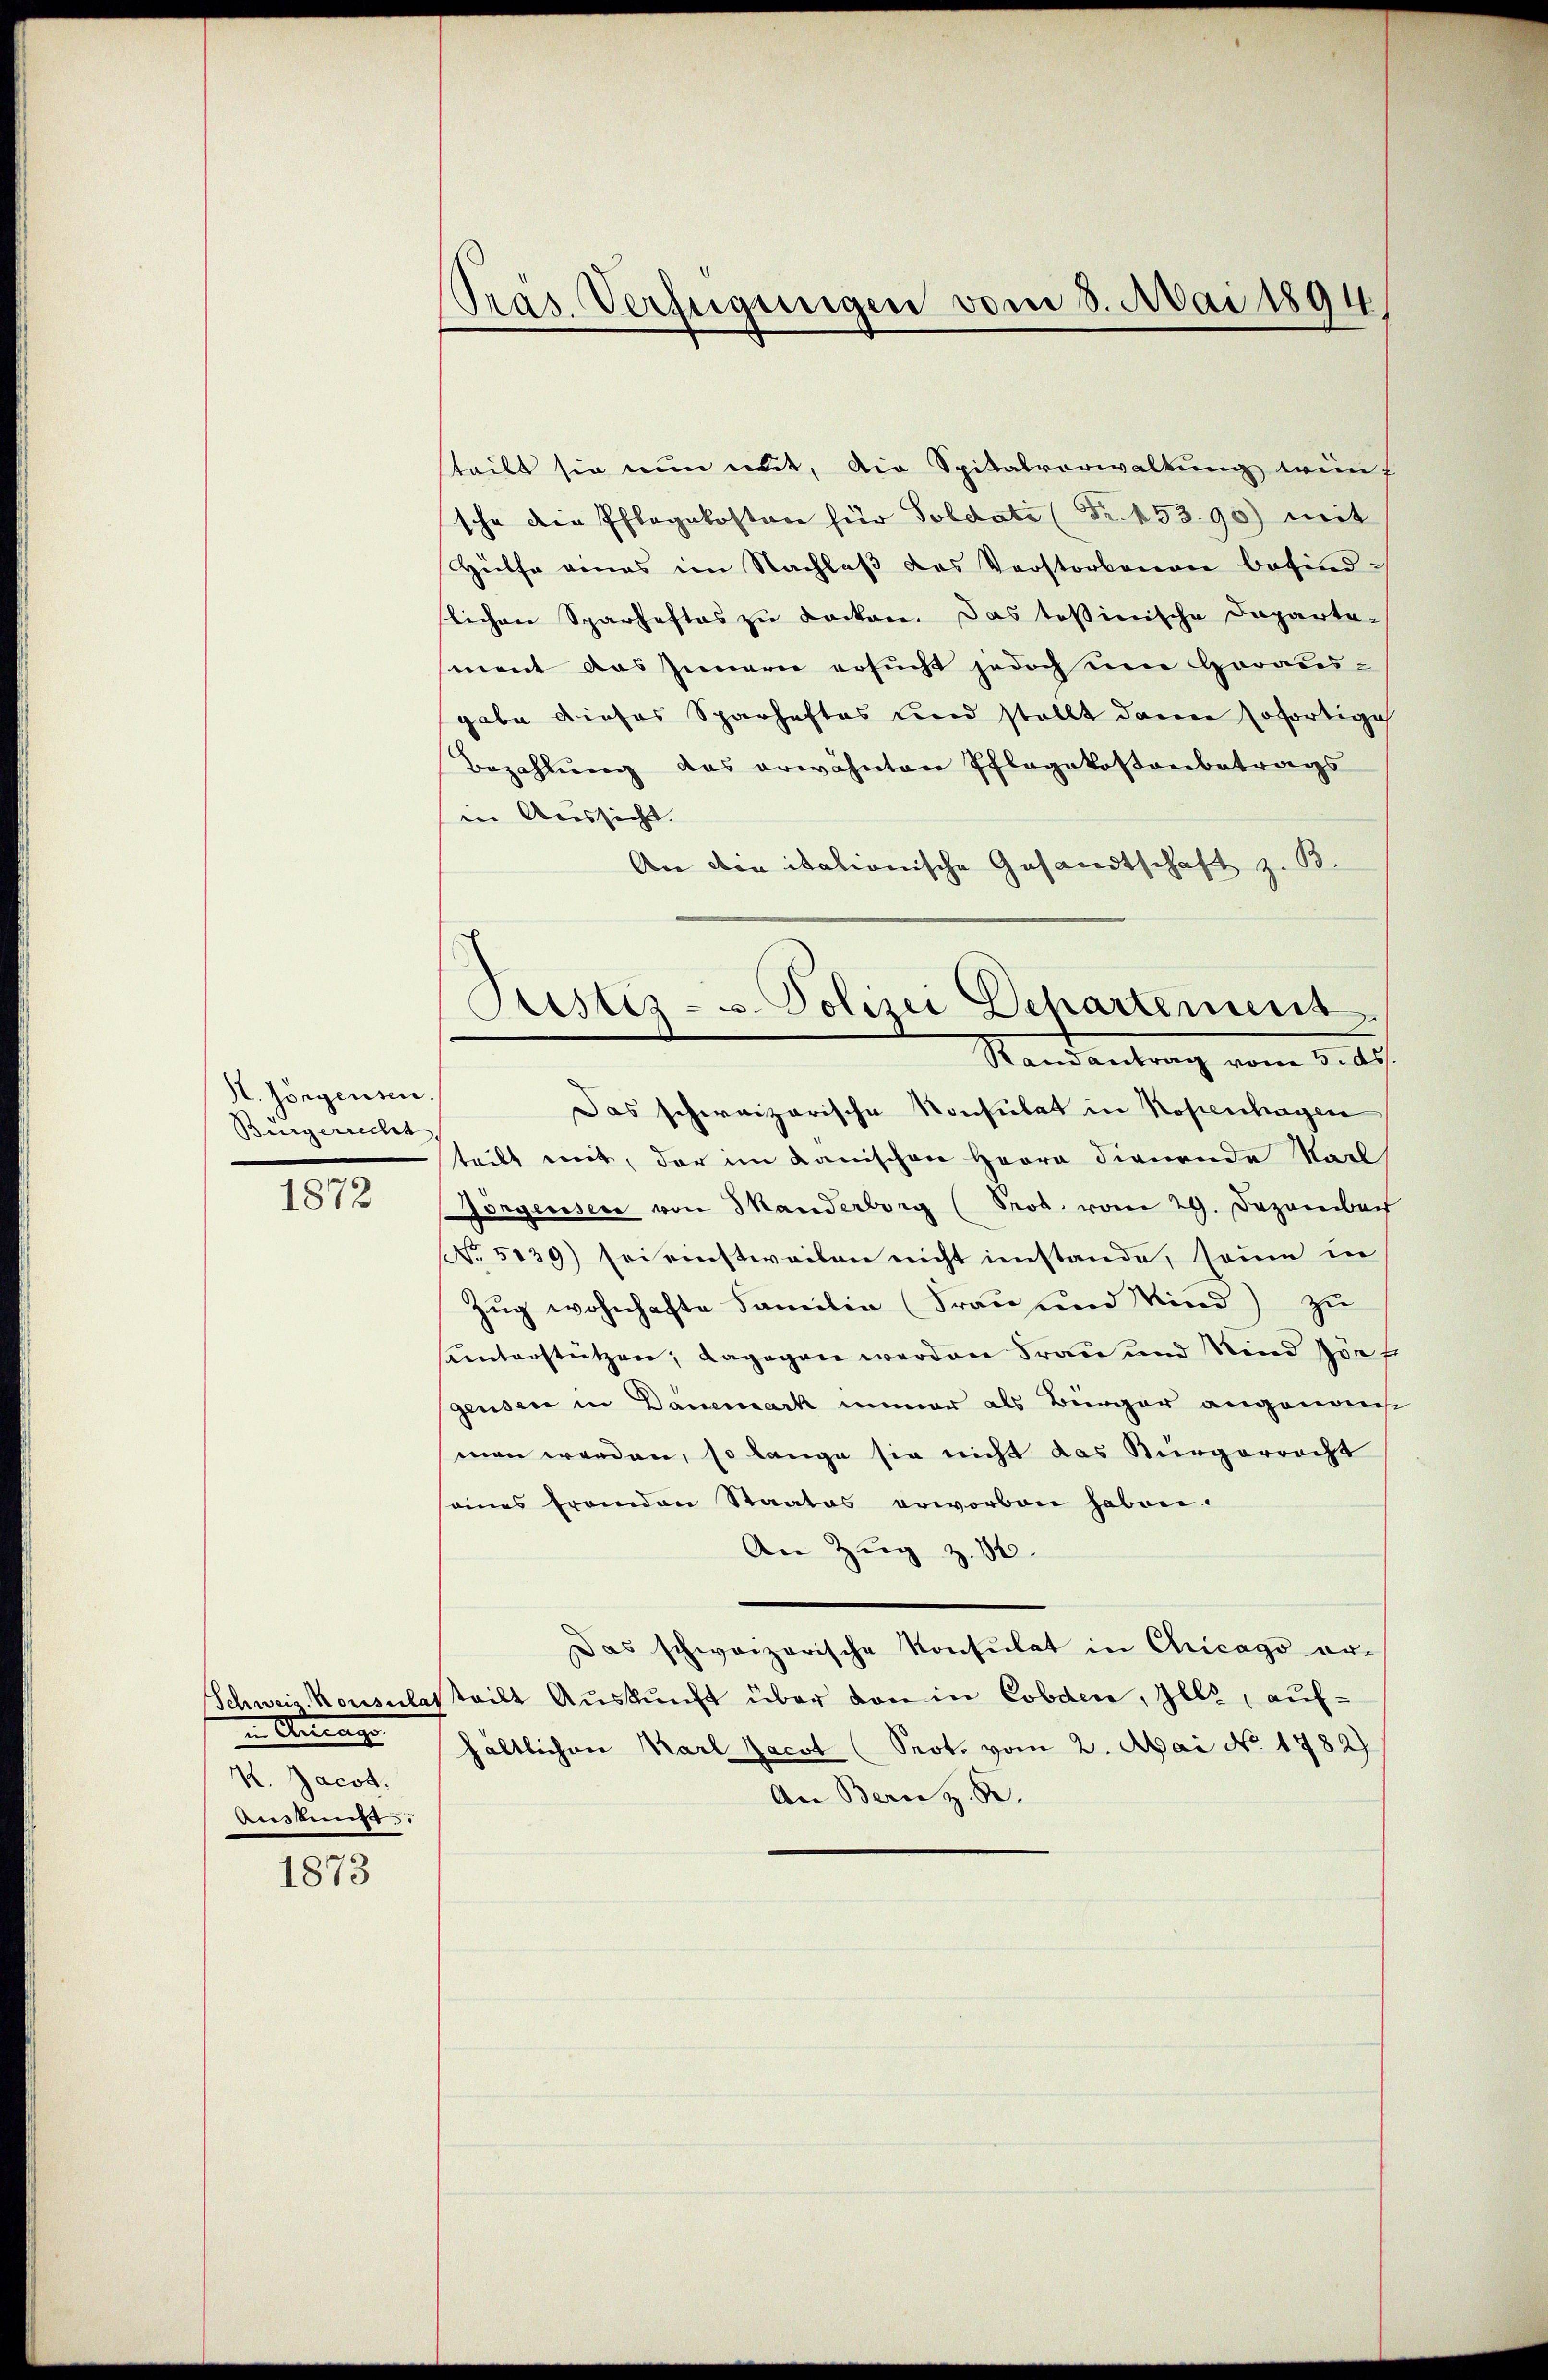
I. Jörgensen.
Bürgerrecht

1872

in Antrage
K. Jacot.
Aussage

1873

Pras Verfügungen vom 8. Mai 1894.

steilt sie nun mit, die Spitalverwaltung wünf
sche die Pflegekosten für Soldate (Fr. 453.90) mit
Hülfe eines im Nachlaβ das Verstorbenen befindslichen Sparhaftes zu Locken. Das toßinische Daparta-
ment das Innern ersucht jedoch um Horaus-
gabe dieses Sparhaftes und stellt dann sofortige
Bezahlung das erwähnten Pflegekostenbetrags
in Aussicht. |
An die itationische Gesandtschaft z. B.
Das schweizerische Konsulat in Kopenhagen
teilt mit, der im Lanischen Herrn Dienende Starl
Jörgensere von Skanderberg (Prod. vom 29. Dezember
NNo. 5139) sei einstweilen nicht imstande, seine in
Zug wohnhafte Familie (Frau und Kind) zu
hunterstützen; dagegen werden Frau und Kind sons
gensere in Danemark immer als Bürger angenom
man werden, so lange sie nicht das Bürgerrecht
eines Franden Staates erworben haben.
An Zug z. 16.
Das schweizerische Konsulat in Chicago er-
Schweiz. Konsulatteilt Aŭskŭnft über den in Cobden, Zell, aufhältlichen Karl Zacot (Prot. vom 2. Mai No. 1782
An Bern z. B.

Justiz- u. Polizei Departement
Randantrag vom 5. d.